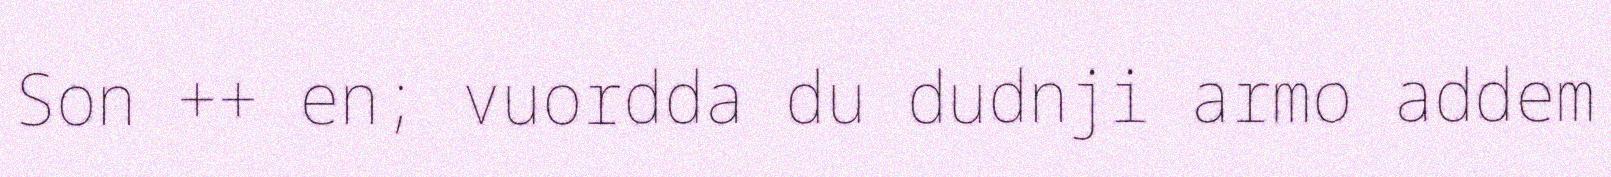
Son ++ en; vuordda du dudnji armo addem